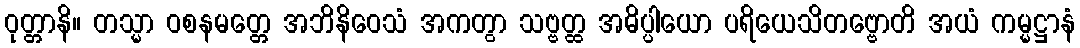
ဝုတ္တာနိ။ တသ္မာ ဝစနမတ္တေ အဘိနိဝေသံ အကတွာ သဗ္ဗတ္ထ အဓိပ္ပါယော ပရိယေသိတဗ္ဗောတိ အယံ ကမ္မဋ္ဌာနံ